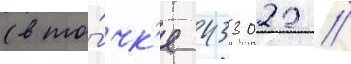
(в то́чк'е 433022 //